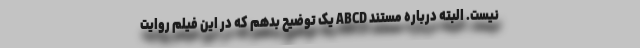
نیست. البته درباره مستند ABCD یک توضیح بدهم که در این فیلم روایت